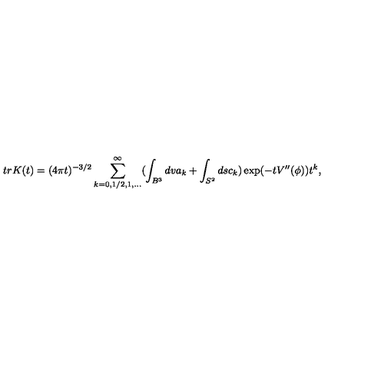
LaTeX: t r K ( t ) = ( 4 \pi t ) ^ { - 3 / 2 } \sum _ { k = 0 , 1 / 2 , 1 , . . . } ^ { \infty } ( \int _ { B ^ { 3 } } d v a _ { k } + \int _ { S ^ { 2 } } d s c _ { k } ) \exp ( - t V ^ { \prime \prime } ( \phi ) ) t ^ { k } ,